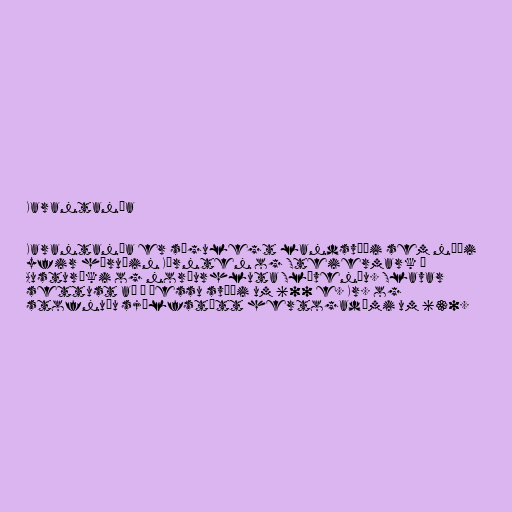
Karantanía

Karantanía er sögulegt landsvæði sem náði
yfir héruðin Kärnten og Steiermark í
Austuríki og norðurhluta Slóveníu. Slavar
settust að á þessu svæði um 600 e. Kr. og
stofnuðu sjálfstætt hertogadæmi um 630.